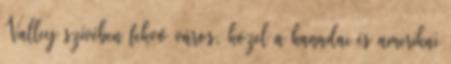
Valley szívében fekvő város, közel a kanadai és amerikai